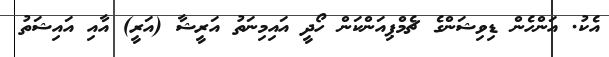
އެކު. އަންހެން ޑިވިޝަންގެ ޗެމްޕިއަންކަން ހޯދީ އައިމިނަތު އަރީޝާ (އަރީ) އާއި އައިޝަތު